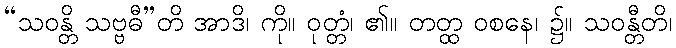
“သဝန္တိ သဗ္ဗဓီ”တိ အာဒိ၊ ကို။ ဝုတ္တံ၊ ၏။ တတ္ထ ဝစနေ၊ ၌။ သဝန္တီတိ၊